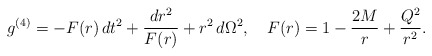
\begin{align*}g^{(4)}=-F(r)\,dt^{2}+\frac{dr^{2}}{F(r)}+r^{2}\,d\Omega^{2},\quad F(r)=1-\frac{2M}{r}+\frac{{Q}^{2}}{r^{2}}. \end{align*}